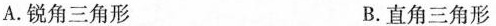
A.锐角三角形 B.直角三角形